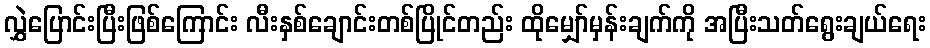
လွှဲပြောင်းပြီးဖြစ်ကြောင်း လီးနှစ်ချောင်းတစ်ပြိုင်တည်း ထိုမျှော်မှန်းချက်ကို အပြီးသတ်ရွေးချယ်ရေး